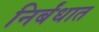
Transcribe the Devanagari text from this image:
निर्बंधात